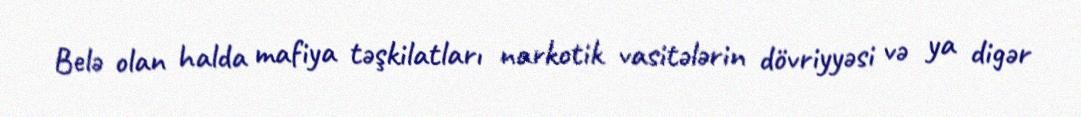
Belə olan halda mafiya təşkilatları narkotik vasitələrin dövriyyəsi və ya digər